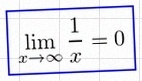
\lim_{x\to\infty}\frac{1}{x}=0